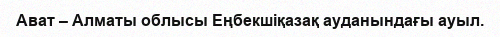
Ават – Алматы облысы Еңбекшіқазақ ауданындағы ауыл.